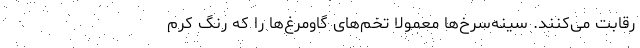
رقابت می‌کنند. سینه‌سرخ‌ها معمولا تخم‌های گاومرغ‌ها را که رنگ کرم